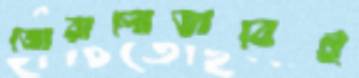
জোরালোভাবেই